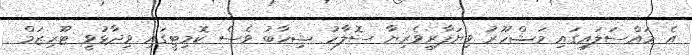
އެ މައްސަލައިގައި މަޝްހޫރު ވިޔަފާރިވެރިޔާ ސޮލާހު ޝިހާބު ވެސް ކޮމިޓީގައި ވިދާޅުވީ ޓޫރިޒަމް